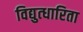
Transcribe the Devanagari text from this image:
विद्युत्धारिता